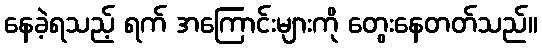
နေခဲ့ရသည့် ရက် အကြောင်းများကို တွေးနေတတ်သည်။